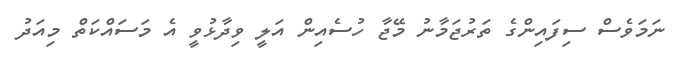
ނަމަވެސް ސިފައިންގެ ތަރުޖަމާނު މޭޖާ ހުސެއިން އަލީ ވިދާޅުވީ އެ މަސައްކަތް މިއަދު